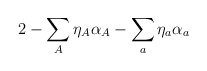
\begin{align*}2 - \sum_A\eta_A\alpha_A - \sum_a\eta_a\alpha_a\end{align*}